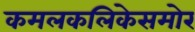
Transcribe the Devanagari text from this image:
कमलकलिकेसमोर